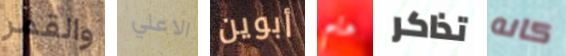
والقمر الاعلي أبوين هام تذاكر كانه